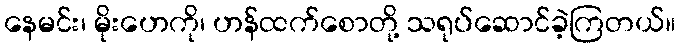
နေမင်း၊ မိုးဟေကို၊ ဟန်ထက်စောတို့ သရုပ်ဆောင်ခဲ့ကြတယ်။